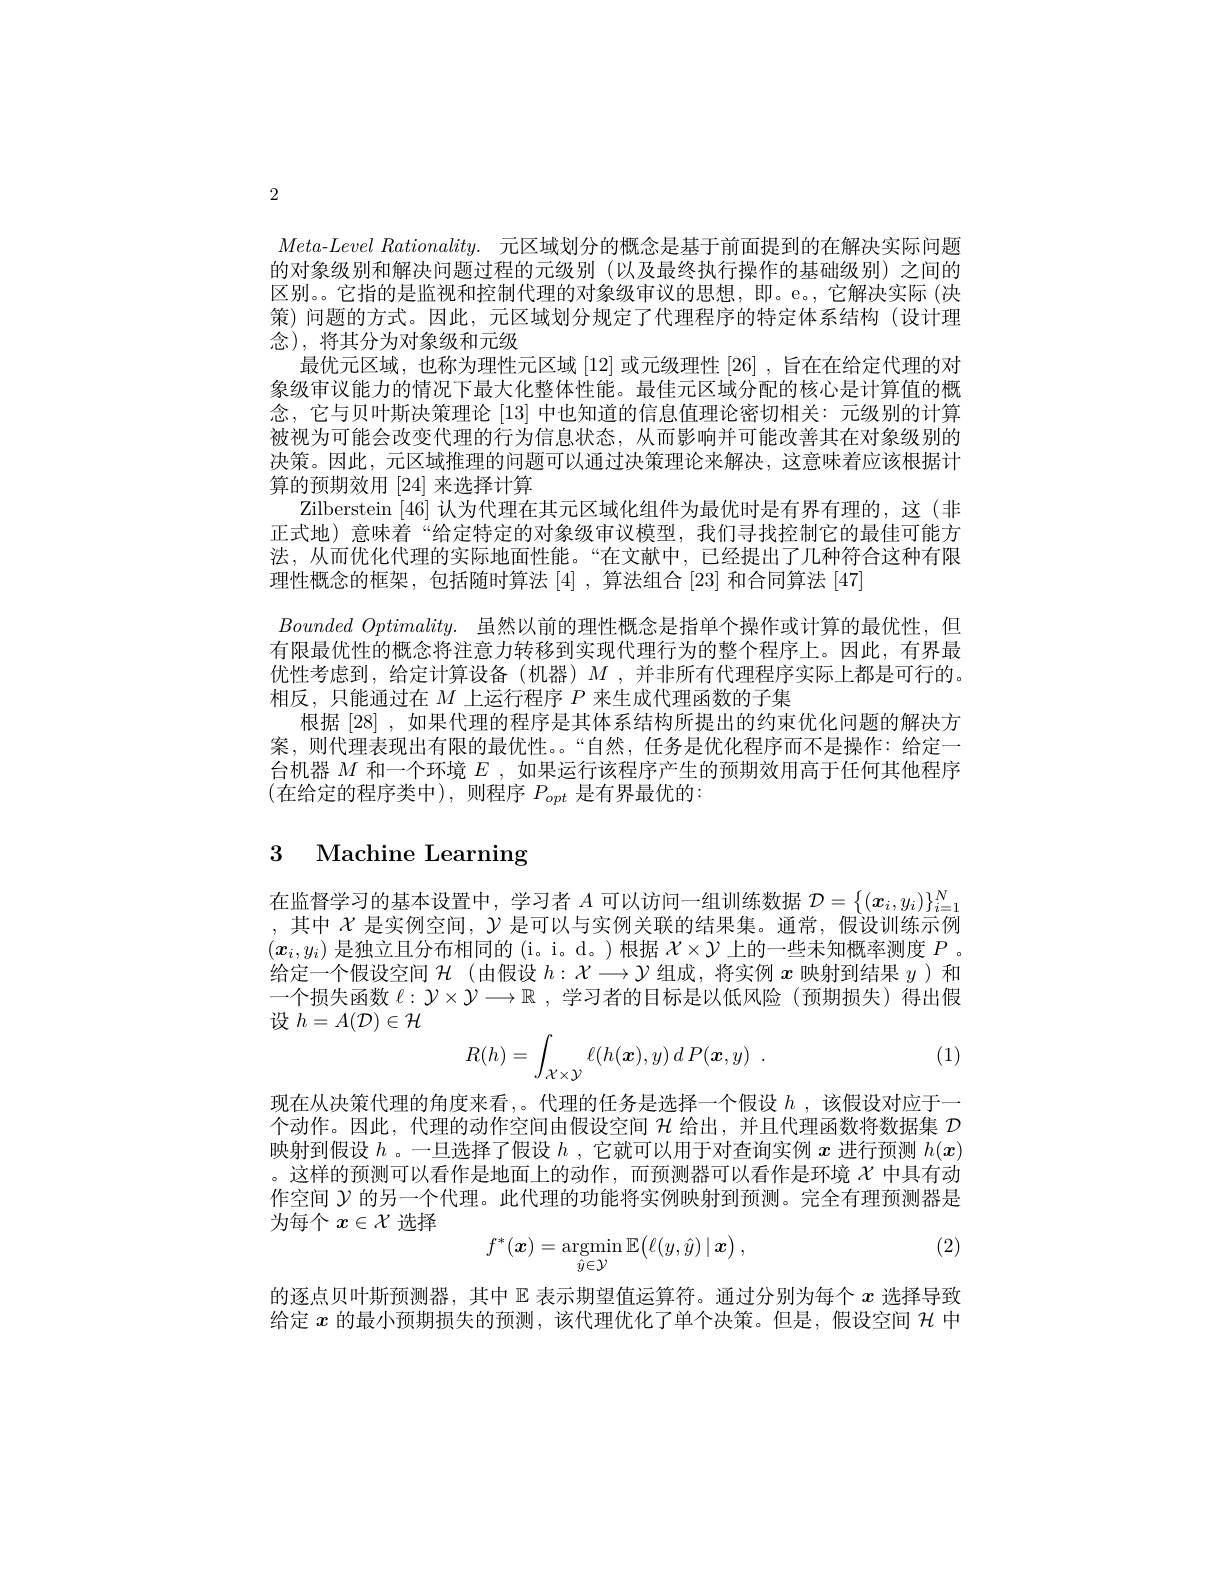
2

Meta-$Level\textit{ Rationality. 元 区 域 划 分 的 概 念 是 基 于 前 面 提 到 的 在 解 决 实 际 问 题 }$ 的对象级别和解决问题过程的元级别(以及最终执行操作的基础级别)之间的区别。。它指的是监视和控制代理的对象级审议的思想，即。e。,它解决实际(决策)问题的方式。因此，元区域划分规定了代理程序的特定体系结构(设计理念),将其分为对象级和元级
最优元区域，也称为理性元区域[12]或元级理性[26] ,旨在在给定代理的对象级审议能力的情况下最大化整体性能。最佳元区域分配的核心是计算值的概念，它与贝叶斯决策理论[13]中也知道的信息值理论密切相关：元级别的计算被视为可能会改变代理的行为信息状态，从而影响并可能改善其在对象级别的决策。因此，元区域推理的问题可以通过决策理论来解决，这意味着应该根据计算的预期效用[24]来选择计算
Zilberstein [46]认为代理在其元区域化组件为最优时是有界有理的，这(非) 正式地)意味着“给定特定的对象级审议模型，我们寻找控制它的最佳可能方法，从而优化代理的实际地面性能。“在文献中，已经提出了几种符合这种有限理性概念的框架，包括随时算法[4] ,算法组合[23]和合同算法[47]
$Bounded Optimality.$ 虽然以前的理性概念是指单个操作或计算的最优性，但有限最优性的概念将注意力转移到实现代理行为的整个程序上。因此，有界最优性考虑到，给定计算设备(机器)$M$ ,并非所有代理程序实际上都是可行的。相反，只能通过在$M$上运行程序$P$来生成代理函数的子集
根据[28] ,如果代理的程序是其体系结构所提出的约束优化问题的解决方案，则代理表现出有限的最优性。。“自然，任务是优化程序而不是操作：给定一台机器$M$和一个环境$E$ ,如果运行该程序产生的预期效用高于任何其他程序(在给定的程序类中),则程序 $P_opt$ 是有界最优的：

# 3 Machine Learning

在监督学习的基本设置中，学习者$A$可以访问一组训练数据$\mathcal{D}=\{(\boldsymbol{x}_i,y_i)\}_{i=}^N$ ,其中$\chi$是实例空间，$\mathcal{Y}$是可以与实例关联的结果集。通常，假设训练示例$(x_i,y_i)$是独立且分布相同的 (i。i。d。)根据$\mathcal{X}\times\mathcal{Y}$上的一些未知概率测度$P$ 。给定一个假设空间$\mathcal{H}$ (由假设$h:\mathcal{X}\longrightarrow\mathcal{Y}$组成，将实例$x$映射到结果$y$ )和一个损失函数$\ell:\mathcal{Y}\times\mathcal{Y}\longrightarrow\mathbb{R}$ ,学习者的目标是以低风险(预期损失)得出假设$h=A(\mathcal{D})\in\mathcal{H}$

(1)
$$R(h)=\int_{\mathcal{X}\times\mathcal{Y}}\ell(h(\boldsymbol{x}),y)\:d\:P(\boldsymbol{x},y)\:.$$
现在从决策代理的角度来看，。代理的任务是选择一个假设$h$ ,该假设对应于一个动作。因此，代理的动作空间由假设空间$\mathcal{H}$给出，并且代理函数将数据集$\mathcal{D}$ 映射到假设$h$ 。一旦选择了假设$h$ ,它就可以用于对查询实例$x$进行预测$h(\boldsymbol{x})$ 。这样的预测可以看作是地面上的动作，而预测器可以看作是环境$\chi$中具有动作空间$\mathcal{Y}$的另一个代理。此代理的功能将实例映射到预测。完全有理预测器是为每个$x\in\mathcal{X}$选择

(2)
$$f^*(\boldsymbol{x})=\mathop{\mathrm{argmin}}_{\hat{y}\in\mathcal{Y}}\mathbb{E}\big(\ell(y,\hat{y})\:|\:\boldsymbol{x}\big)\:,$$
的逐点贝叶斯预测器，其中$\mathbb{E}$表示期望值运算符。通过分别为每个$x$选择导致给定$x$的最小预期损失的预测，该代理优化了单个决策。但是，假设空间$\mathcal{H}$中